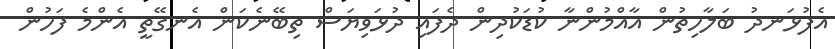
އެފުޅަނދު ބަލާހިތުން އާއްމުންނާ ކުޑަކުދިން ދެފައި ދުޅަވިޔަސް ތިބޭނެކަން އެނގޭތީ އެންމެ ފަހުން